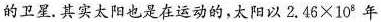
的卫星。其实太阳也是在运动的，太阳以$$2.46 \times 10 ^{8 } $$ 年